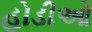
હોડીઓ